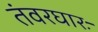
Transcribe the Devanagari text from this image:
तंवरघारः